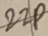
Text: 22P